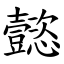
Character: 懿